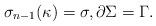
LaTeX: \begin{align*}\sigma_{n-1}(\kappa)=\sigma,\partial\Sigma=\Gamma.\end{align*}